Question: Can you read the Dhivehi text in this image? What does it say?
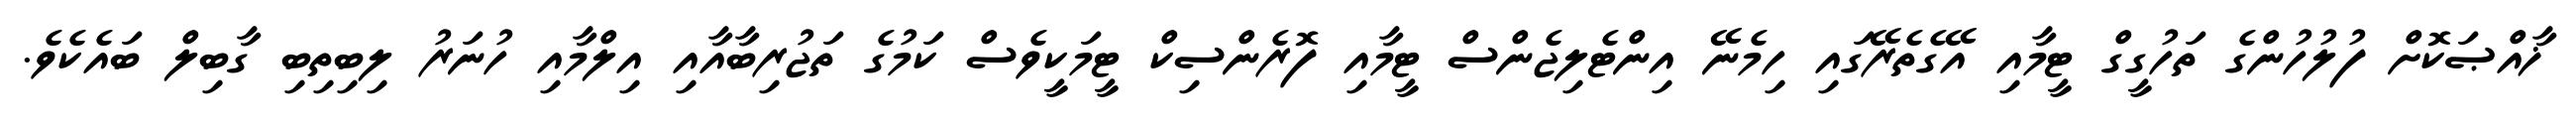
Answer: ޚާއްޞަކޮށް ފުލުހުންގެ ތަހުގީގް ޓީމާއި އޭގެތެރޭގައި ހިމެނޭ އިންޓެލިޖެންސް ޓީމާއި ފޮރެންސިކް ޓީމަކީވެސް ކަމުގެ ތަޖުރިބާއާއި އިލްމާއި ހުނަރު ލިބިތިބި ގާބިލް ބައެކެވެ.